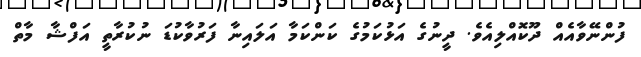
ފުންނޭވާއެއް ދޫކޮއްލިއެވެ. ދީނުގެ އަޅުކަމުގެ ކަންކަމާ އަލައިނާ ފަރުވާކުޑަ ނުކުރާތީ އަފްޝާ މާތް